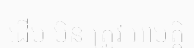
ដើម មិន ត្រូវ អាបត្តិ